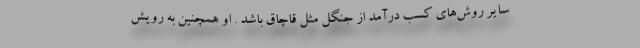
سایر روش‌های کسب درآمد از جنگل مثل قاچاق باشد . او همچنین به رویش